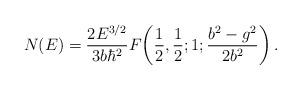
LaTeX: \begin{align*}N(E) ={2 E^{3/2} \over 3 b \hbar^2} F\!\left( {1\over2},{1\over2};1;{b^2 - g^2 \over 2 b^2}\right).\end{align*}